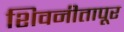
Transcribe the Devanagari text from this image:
शिवनीतापूर